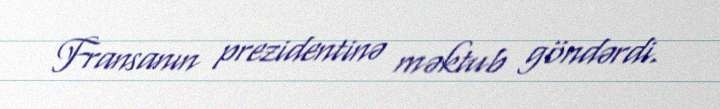
Fransanın prezidentinə məktub göndərdi.